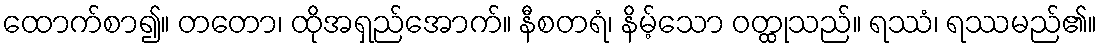
ထောက်စာ၍။ တတော၊ ထိုအရှည်အောက်။ နီစတရံ၊ နိမ့်သော ဝတ္ထုသည်။ ရဿံ၊ ရဿမည်၏။